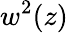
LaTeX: w^{2}(z)